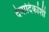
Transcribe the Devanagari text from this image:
देवादिकांशी